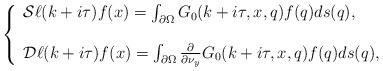
LaTeX: \begin{align*} \left\{ \begin{array}{l} {\mathcal S} \ell(k + i \tau) f(x) = \int_{\partial \Omega} G_0(k + i \tau, x, q) f(q)d s (q), \\ \\ {\mathcal D} \ell(k + i \tau)f(x) =\int_{\partial \Omega}\frac{\partial}{\partial \nu_y} G_0(k + i\tau, x, q) f(q) ds(q), \end{array} \right. \end{align*}